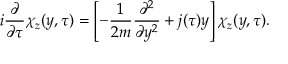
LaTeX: i \frac { \partial } { \partial \tau } \chi _ { z } ( y , \tau ) = \left[ - \frac { 1 } { 2 m } \frac { \partial ^ { 2 } } { \partial y ^ { 2 } } + j ( \tau ) y \right] \chi _ { z } ( y , \tau ) .